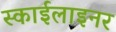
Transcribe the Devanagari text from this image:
स्काईलाइनर